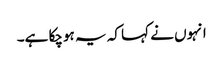
انہوں نے کہا کہ یہ ہوچکا ہے۔